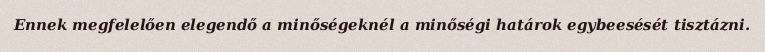
Ennek megfelelően elegendő a minőségeknél a minőségi határok egybeesését tisztázni.